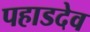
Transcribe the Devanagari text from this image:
पहाडदेव